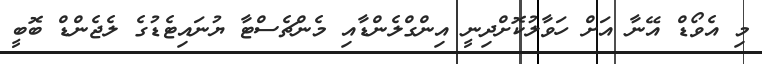
މި އެވޯޑް އޭނާ އަށް ހަވާލުކޮށްދިނީ އިންގްލެންޑާއި މެންޗެސްޓާ ޔުނައިޓެޑުގެ ލެޖެންޑް ބޮބީ